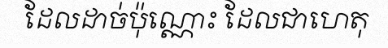
ដែលដាច់ប៉ុណ្ណោះ ដែលជាហេតុ